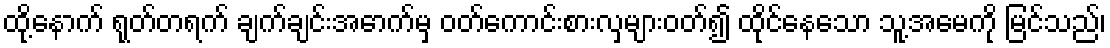
ထို့နောက် ရုတ်တရက် ချက်ချင်းအောက်မှ ဝတ်ကောင်းစားလှများဝတ်၍ ထိုင်နေသော သူ့အမေကို မြင်သည်၊